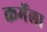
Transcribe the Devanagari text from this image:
कर्मेला